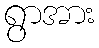
ရွာအား